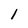
Character: 1